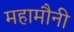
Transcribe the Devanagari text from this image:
महामौनी